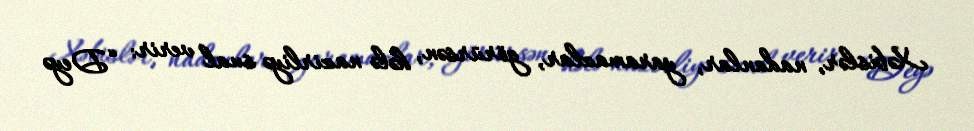
Xəbislər, nadanlar, yaramazlar, görürsən, hələ nazirliyə sual verir: “Deyə